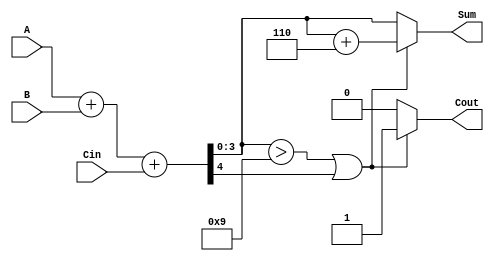
module BCD_Fast_Adder (
    input  wire [3:0] A,     // BCD input A
    input  wire [3:0] B,     // BCD input B
    input  wire Cin,          // Carry input
    output reg  [3:0] Sum,    // BCD output Sum
    output reg  Cout          // Carry output
);

    wire [4:0] S;            // 5-bit sum to hold A + B + Cin
    wire correction_needed;   // Flag to indicate if correction is needed

    // Perform binary addition
    assign S = A + B + Cin;

    // Check if correction is needed (if S > 9 or carry out)
    assign correction_needed = (S[3:0] > 4'd9) || S[4];

    always @(*) begin
        if (correction_needed) begin
            // Apply correction by adding 6 (0110)
            Sum = S[3:0] + 4'd6;
            Cout = 1'b1; // Set carry out since correction was applied
        end else begin
            Sum = S[3:0]; // No correction needed
            Cout = 1'b0;  // No carry out
        end
    end

endmodule